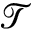
\mathcal { T }